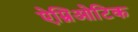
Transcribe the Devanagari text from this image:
ऐम्निओटिक